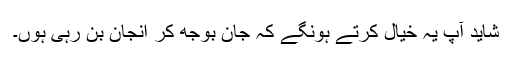
شاید آپ یہ خیال کرتے ہونگے کہ جان بوجھ کر انجان بن رہی ہوں۔